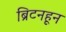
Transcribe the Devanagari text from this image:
ब्रिटनहून